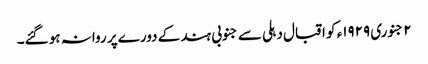
٢ جنوری ١٩٢٩ء کو اقبال دہلی سے جنوبی ہند کے دورے پر روانہ ہو گئے۔